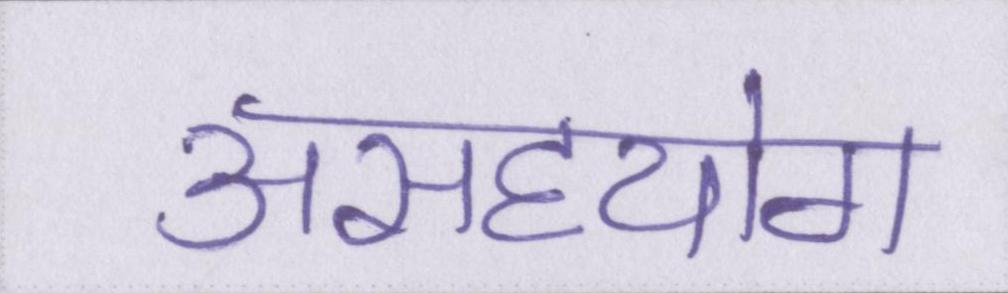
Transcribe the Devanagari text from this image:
असहयोग